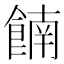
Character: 𫗕